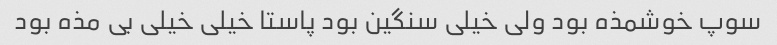
سوپ خوشمذه بود ولی خیلی سنگین بود پاستا خیلی خیلی بی مذه بود